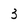
Character: 3